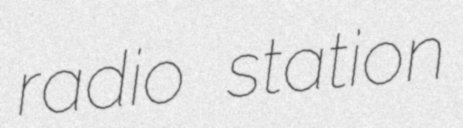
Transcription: radio station